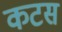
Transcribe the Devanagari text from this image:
कटस